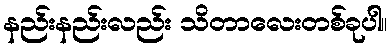
နည်းနည်းလည်း သိတာလေးတစ်ခုပါ။